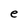
Character: e